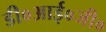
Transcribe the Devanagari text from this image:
डी०आई०जी०